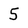
Character: 5